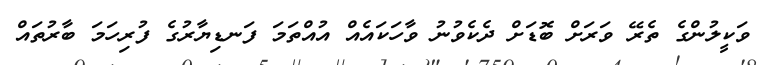
ވަކީލުންގެ ތެރޭ ވަރަށް ބޮޑަށް ދެކެވުނު ވާހަކައެއް އުއްތަމަ ފަނޑިޔާރުގެ ފުރިހަމަ ބާރުތައް